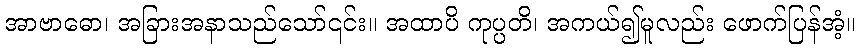
အာဗာဓော၊ အခြားအနာသည်သော်၎င်း။ အထာပိ ကုပ္ပတိ၊ အကယ်၍မူလည်း ဖောက်ပြန်အံ့။